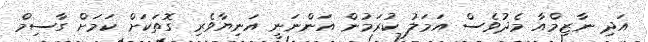
އަދި ނާޒިމްއާ މެދުވެސް އަމަލު ކުރަމުން އަންނަނީ އަނިޔާވެރި ގޮތަކަށް ކަމަށް ގާސިމް